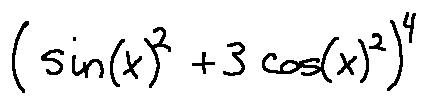
( \sin ( x ) ^ { 2 } + 3 \cos ( x ) ^ { 2 } ) ^ { 4 }